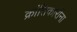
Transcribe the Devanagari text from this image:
क्रांतिकारींना